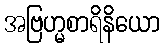
အဗြဟ္မစာရိနိယော